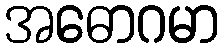
အဓောဂမာ